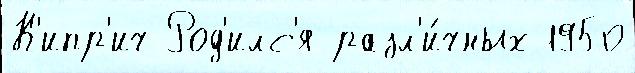
К'ипр'ич Род'илс'я разл'и́чных 1950